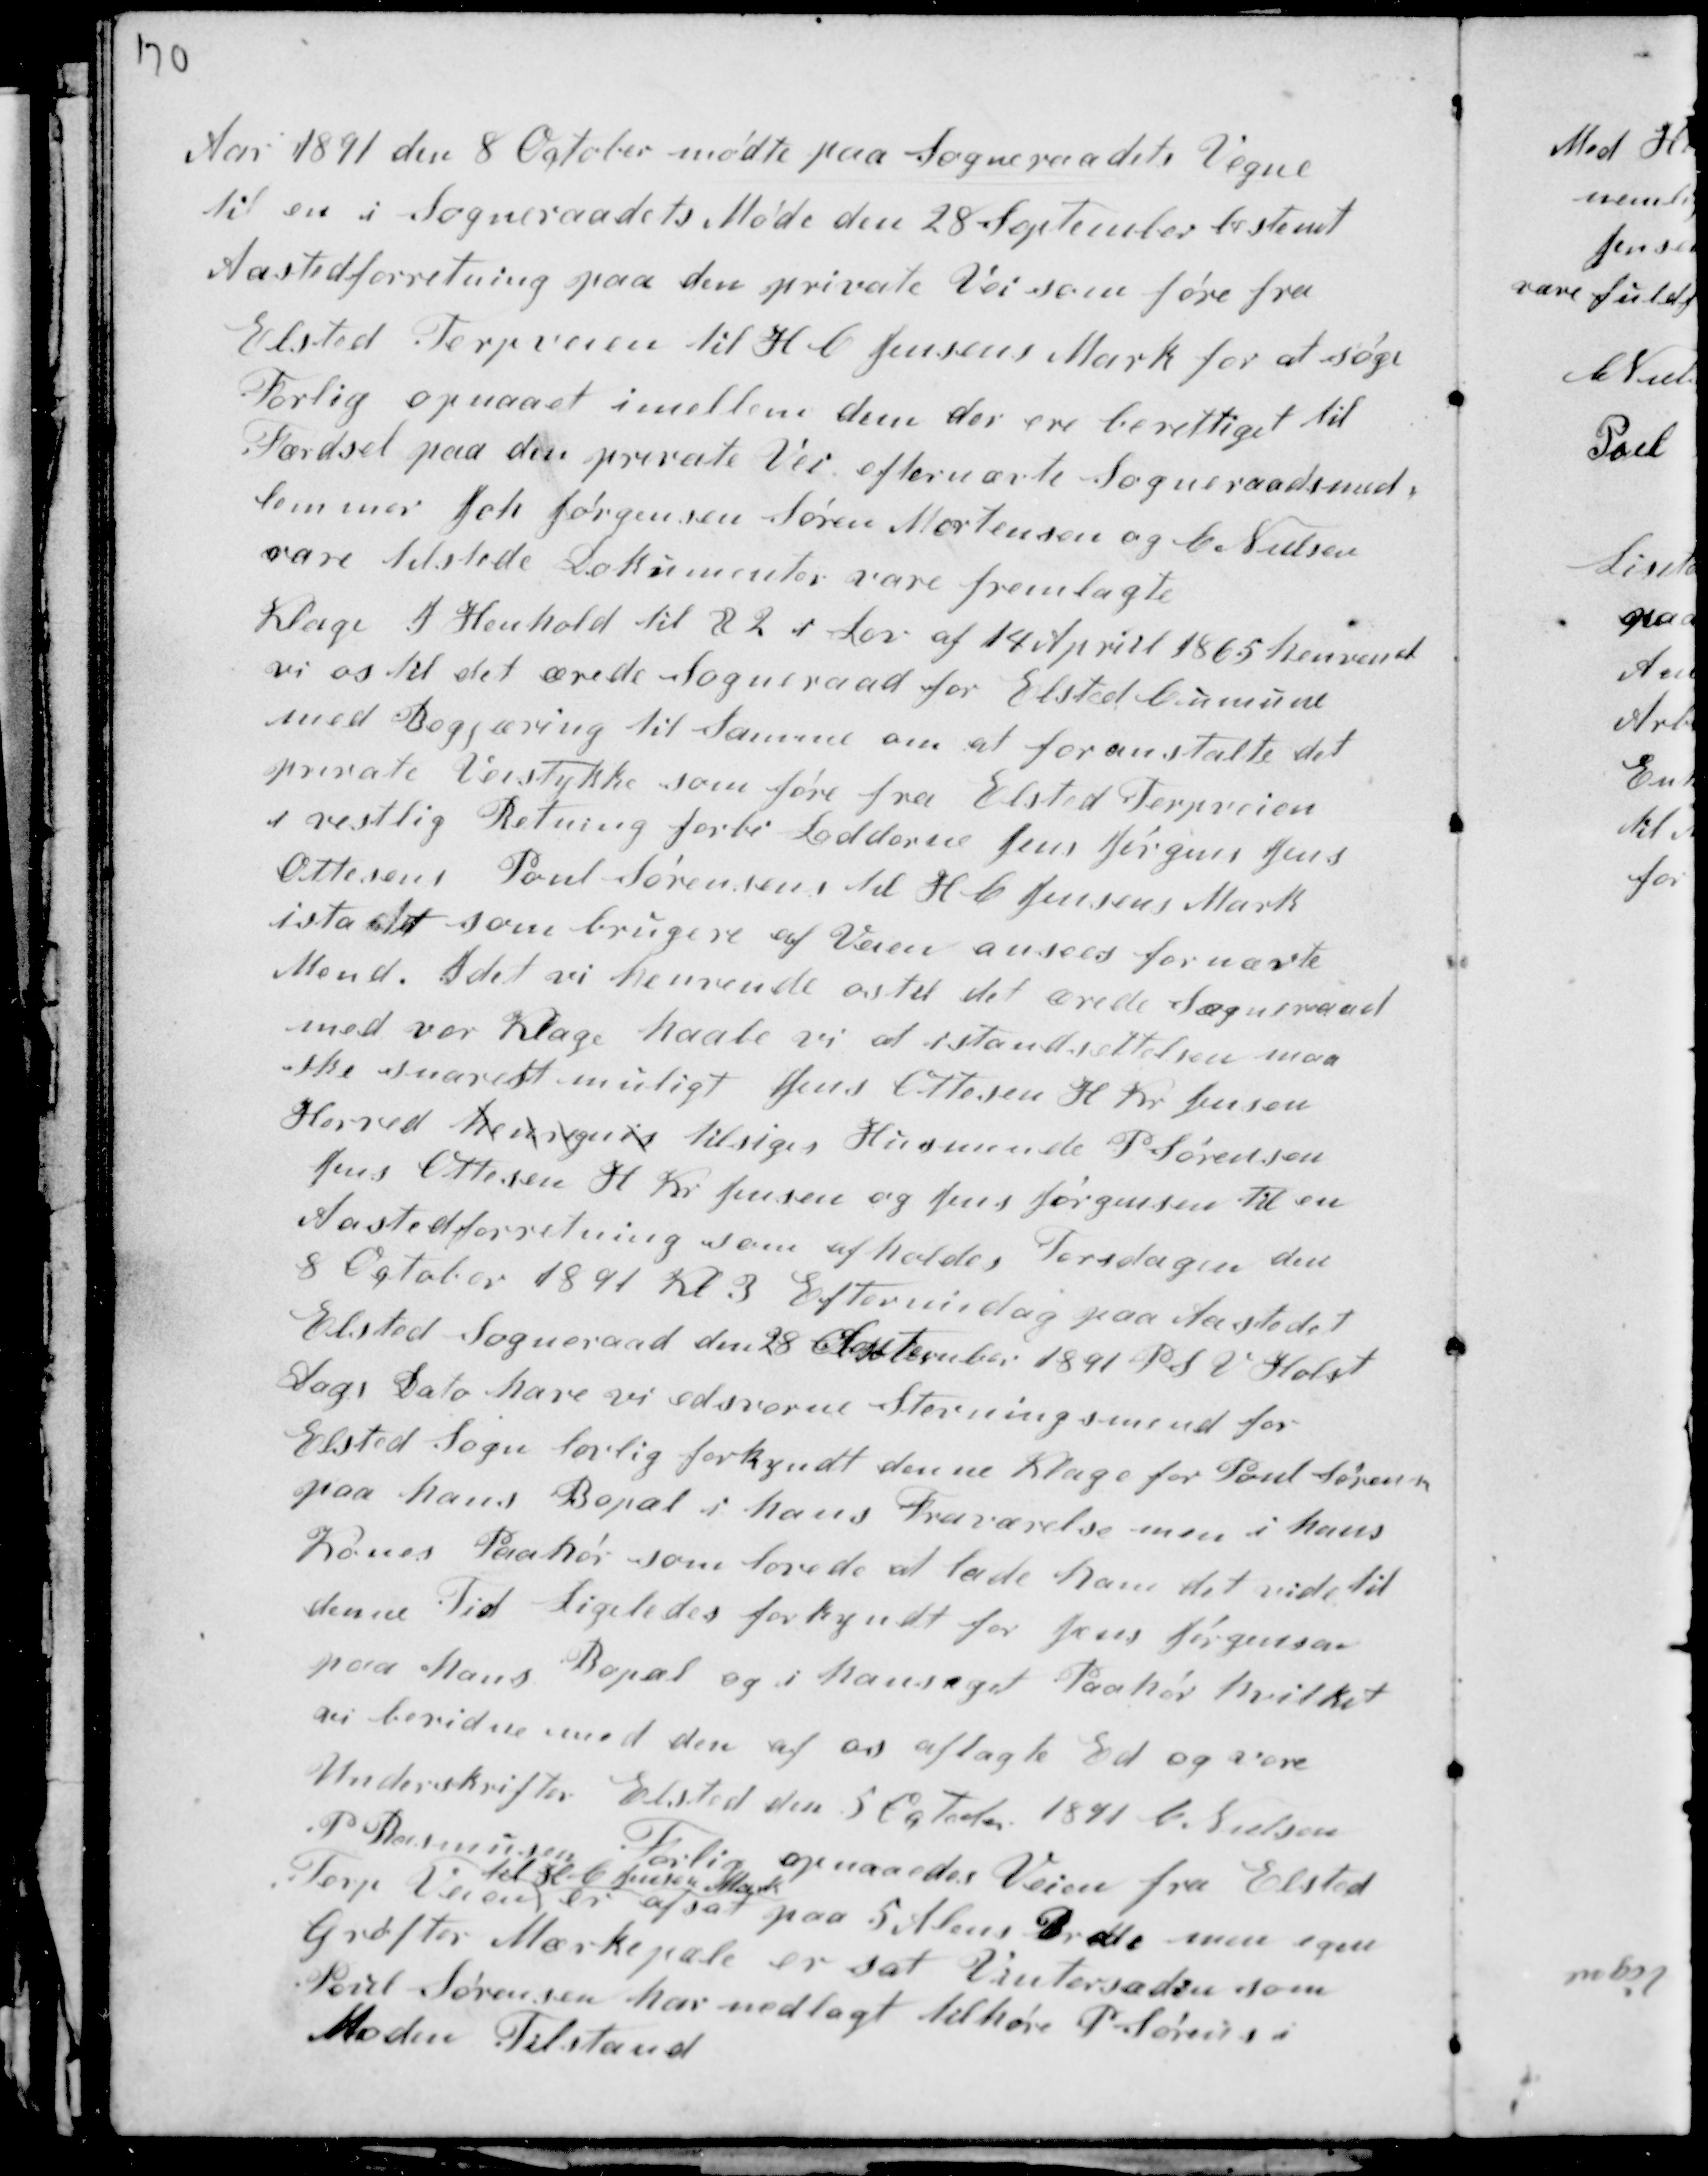
Transskription:
Aar 1891 den 8 October mødte paa Sogneraadets Vegne
til en i Sogneraadets Møde den 28 September bestemt
Aastedsforretning paa den private Vei som fører fra
Elsted Terpveien til H C Jensens Mark for at søge
Forlig opnaaet imellem dem der ere berettiget til
Færdsel paa den private Vei efternævnte Sogneraadsmed-
lemmer Joh Jørgensen Søren Mortensen og C. Nielsen
vare tilstede Dokumenter vare fremlagte
Klage I Henhold til § 2 i Lov af 14 April 1865 henvendt
vi os til det ærede Sogneraad for Elsted Cumune
med Begjæring til Samme om at foranstalte det
private Veistykke som fører fra Elsted Terpveien
i Vestlig Retning forbi Lodderne Jens Jørgens Jens
Ottesen. Poul Sørensens til H C Jensens Mark
ista.... som brugere af Veien ansees for nævnte
Mend. Idet vi henvende os til det ærede Sogneraad
med vor Klage haabe vi at istandsættelsen maa
ske snarest muligt Jens Ottesen H Chr Jensen
Herved henregnes tilsiges Hu........ P Sørensen
Jens Ottesen H Chr Jensen og Jens Jørgensen til en
Aastedsforretning som afholdes Torsdagen den
8 October 1891 Kl 3 Eftermidag paa Aastedet
Elsted Sogneraad den 28 September 1891 P S V Holst
Dags Dato have vi edsvorne Stevningsmænd for
Elsted Sogn lovlig forkyndt denne Klage for Poul Sørensen
paa hans Bopæl i hans Fraværelse men i hans
Kones Paahør som lovede at lade ham det vide til
denne Tid. Ligeledes forkyndt for Jens Jørgensen
paa hans Bopæl og i hans eget Paahør hvilket
vi bevidner med den af os aflagte Ed og som
Underskrives Elsted den 5 October 1891 C. Nielsen
P. Rasmussen
Forlig opnaaedes Veien fra Elsted
Terp Veien
til H. C. Jensen Mark
er afsat paa 5 Alens Bredde med egne
Grøfter Markpæle er sat Vintersæden som
Poul Sørensen har nedlagt tilhører P Sørensen i
Moden Tilstand